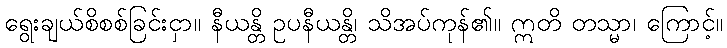
ရွေးချယ်စိစစ်ခြင်းငှာ။ နီယန္တိ ဥပနီယန္တိ၊ သိအပ်ကုန်၏။ ဣတိ တသ္မာ၊ ကြောင့်။